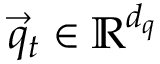
\vec { q } _ { t } \in \mathbb { R } ^ { d _ { q } }